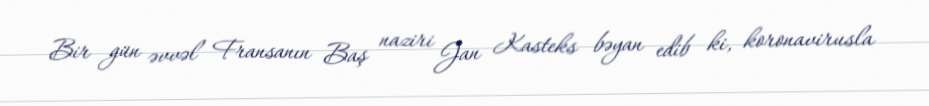
Bir gün əvvəl Fransanın Baş naziri Jan Kasteks bəyan edib ki, koronavirusla